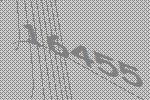
16455